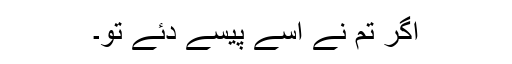
اگر تم نے اُسے پیسے دئے تو۔